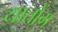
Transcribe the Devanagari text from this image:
यातोंग